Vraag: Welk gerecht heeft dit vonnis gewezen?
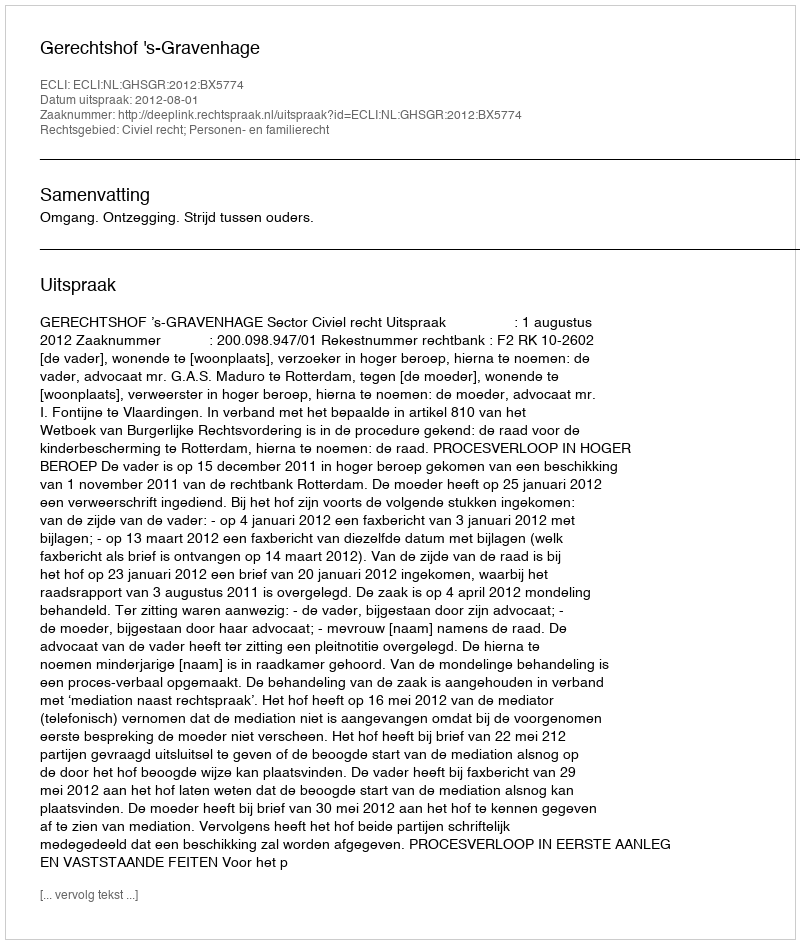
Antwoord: Gerechtshof 's-Gravenhage